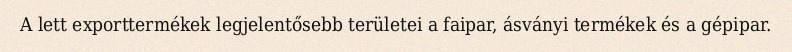
A lett exporttermékek legjelentősebb területei a faipar, ásványi termékek és a gépipar.